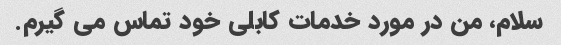
سلام، من در مورد خدمات کابلی خود تماس می گیرم.